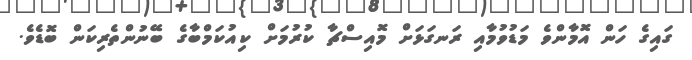
ގައިގެ ހަން އޮމާންވެ މަޑުވުމާއި ރަނގަޅަށް މޮއިސްޗާ ކުރުމަށް ކިއުކަމްބާގެ ބޭނުންތެރިކަން ބޮޑެވެ.